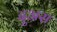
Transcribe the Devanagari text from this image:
दुअरा